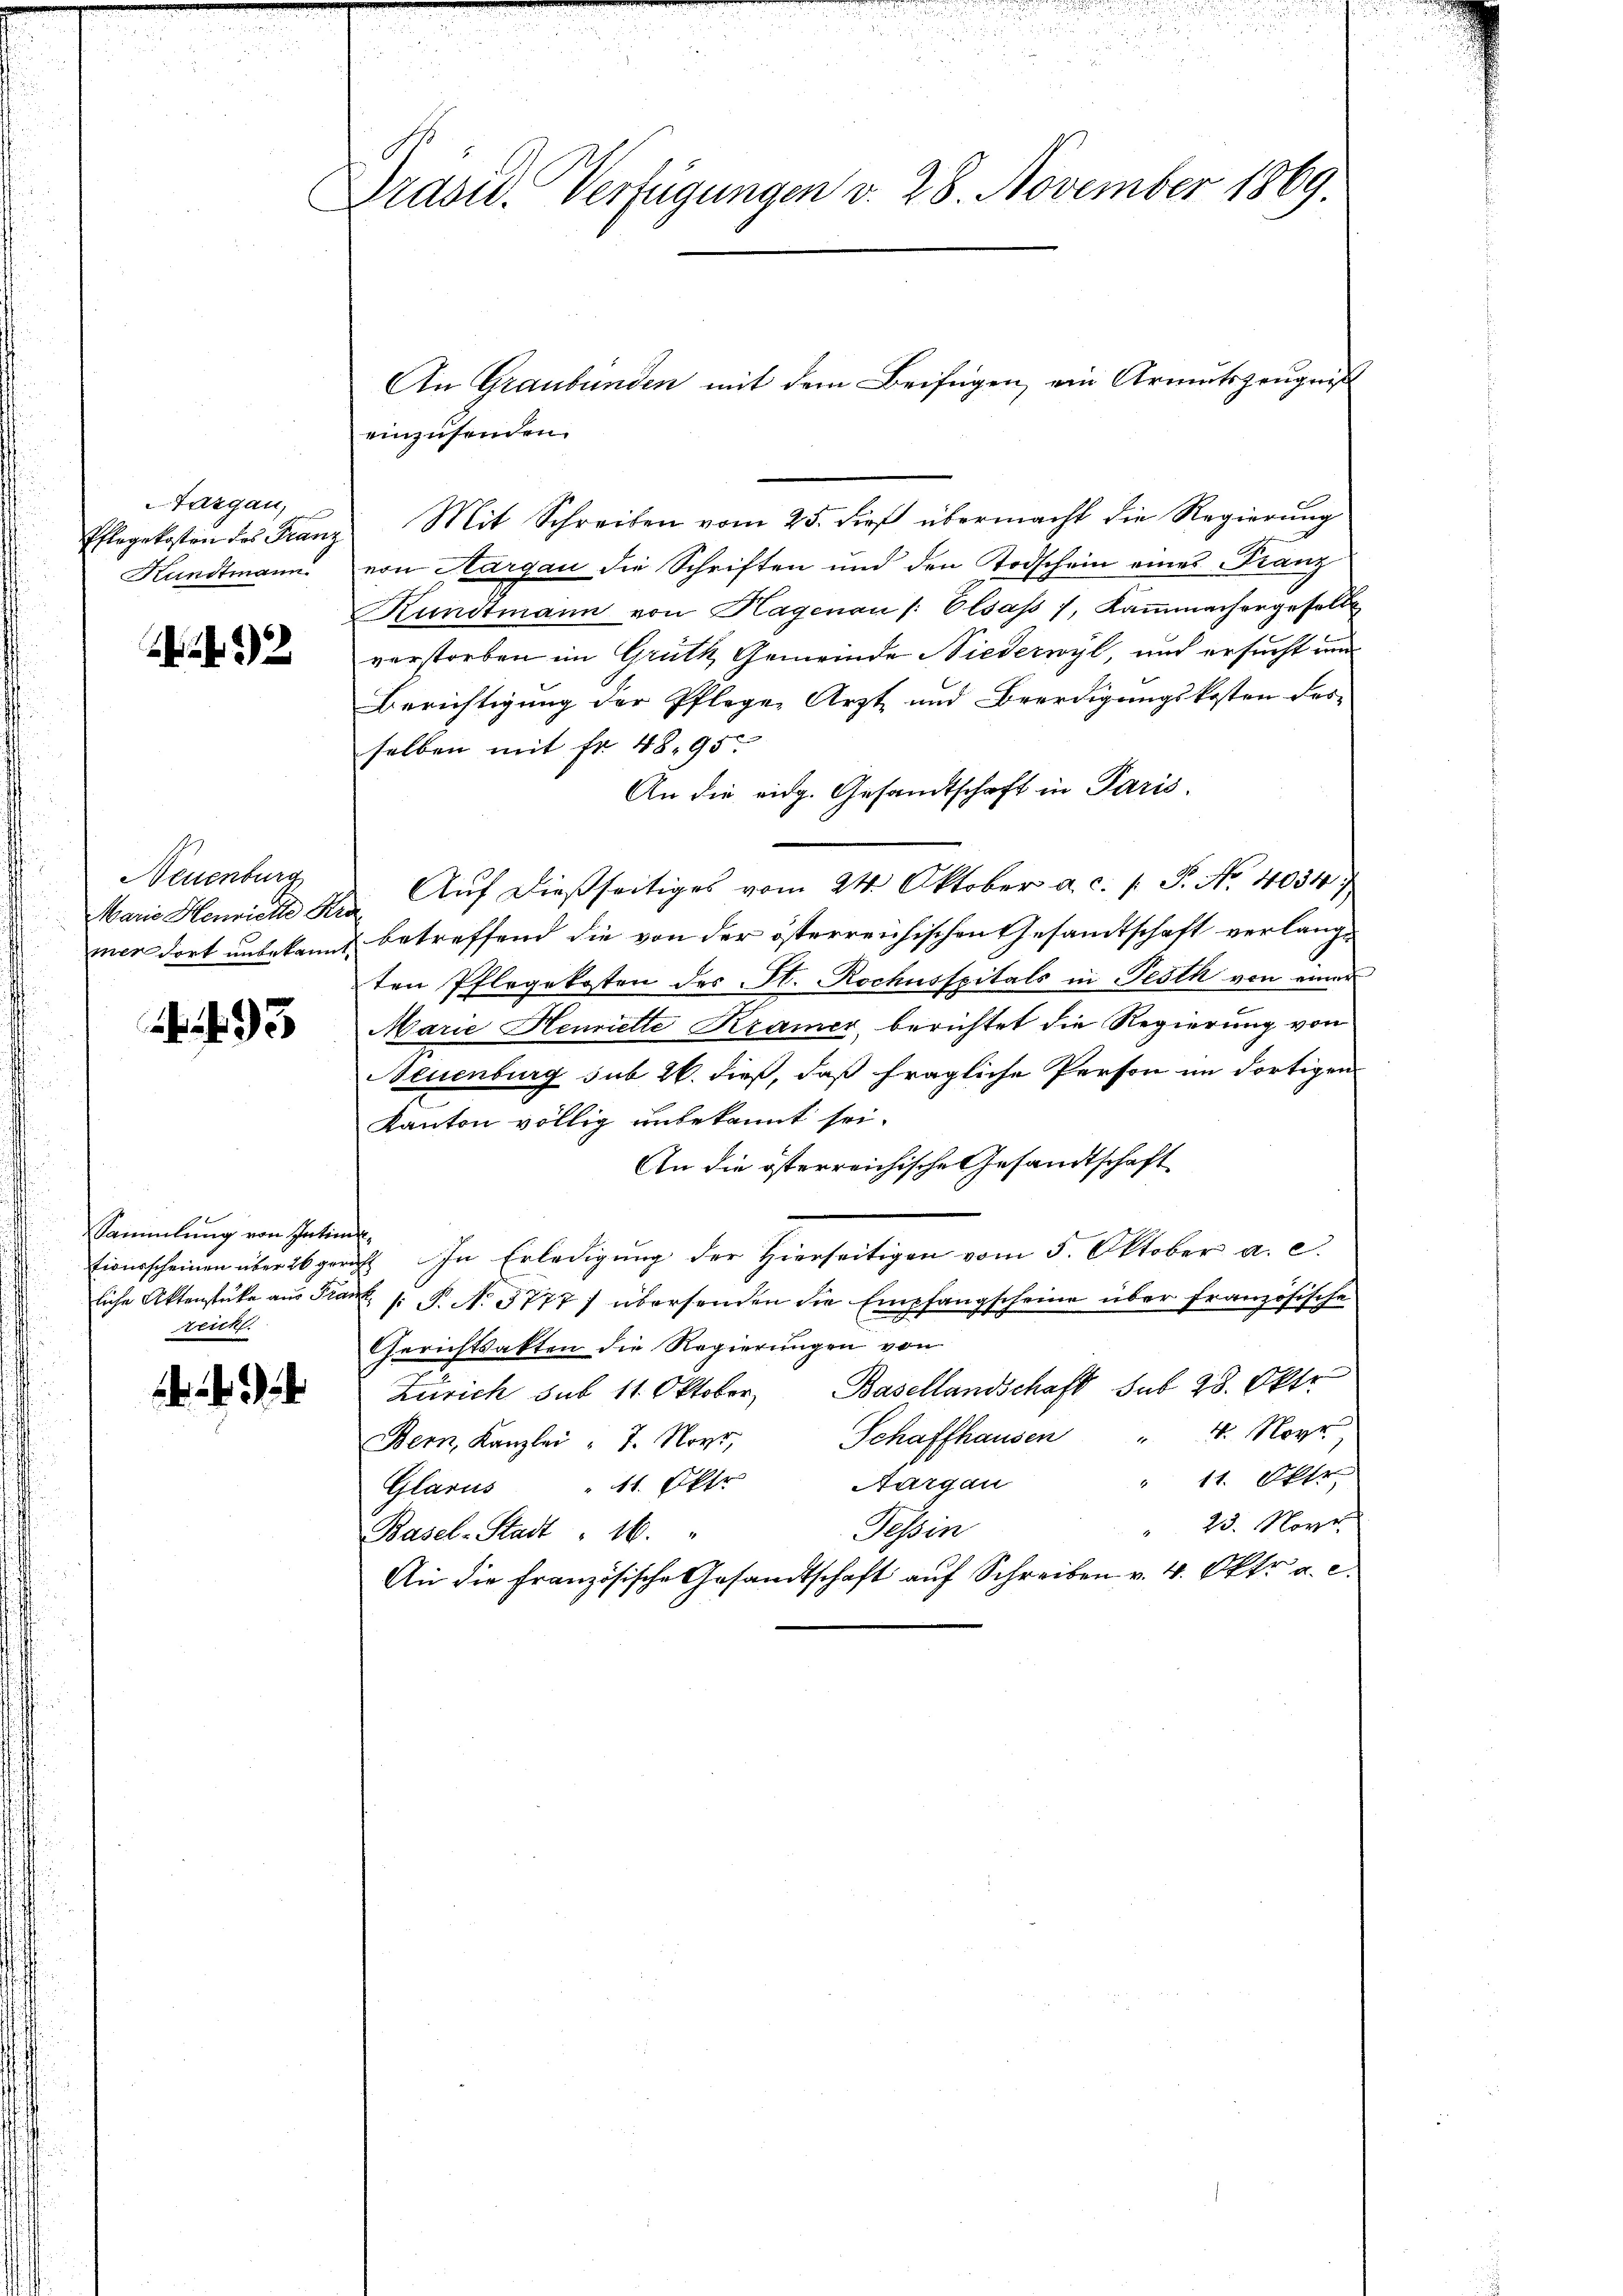
Targau,
Pflegekosten des Franz
Kundtmann.

2

Neuenburg

93

Sammlung von Intime.
reich.

Drasid. Verfügungen v. 28. November 1869.

An Graubünden mit dem Beifügen, ein Armutszeugniß
Mit Schreiben vom 25. dieß übermacht die Regierung
von Aargau die Schriften und den Todschein eines Franz
Rundtmann von Hagenau /: Elsass 7, Kaṁmachergesell
verstorben im Grüth Gemeinde Niederwyl, und ersucht und
Berichtigung der Pflegen Arzt und Beerdigungskosten des
selben mit Fr. 4895
An die eidg. Gesandtschaft in Paris.
Maria Hennickte Hr. Aŭf dießseitiges vom 24. Oktober a. c. p. P. Nr. 4054
mer dort unbekannt betreffend die von der österreichischen Gesamtschaft verlangten Pflegekosten des St. Rochusspitals in Pesth von einer
Marie Henriette Kramer, berichtet die Regierung von
Neuenburg sub 26. dieß, daß fragliche Person im dortigen
Kanton völlig unbekannt sei.
An die österreichische Gesandtschaft
tionsscheinen über 26 gericht. In Erledigung der Hierseitigen vom 5. Oktober a. c.
liche Aktenstücke aus Franz /: P. No. 3777) übersenden die Empfangscheine über französische
Gerichtsakten die Regierungen von
Zürich sub 11. Oktober, Basellandschaft sub 28. Okt.
" 4. Nor
Schaffhausen
Bern, Kanzlei " 7. Nove,
" 11. Apr
Nargau
Glarus " 11. Oktr
23. Nove
Tessin
Basel-Stadt 16.
An die französische Gesandtschaft auf Schreiben v. 4. Oktr a. c.

einzusenden.